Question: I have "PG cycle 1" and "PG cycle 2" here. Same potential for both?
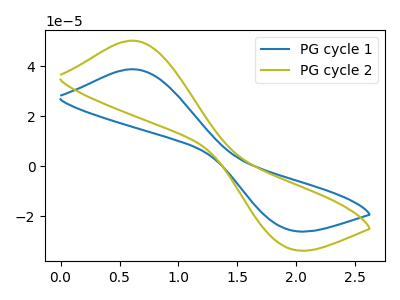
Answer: <think>The blue curve "PG cycle 1" has an anodic peak at (0.60V, 38.90uA) and a cathodic peak at (1.95V, -25.25uA). The olive curve "PG cycle 2" has an anodic peak at (0.60V, 50.30uA) and a cathodic peak at (1.95V, -32.65uA).
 All the peaks in "PG cycle 1" have a peak in "PG cycle 2" at the same potential. Every peak in "PG cycle 1" is lower than every peak in "PG cycle 2".</think>
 <answer>"PG cycle 1" and "PG cycle 2" are similar in shape.</answer>
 <eval>same_shape</eval>